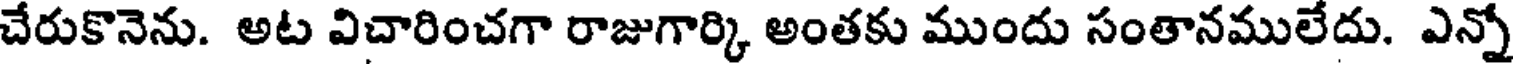
చేరుకొనెను. అట విచారించగా రాజుగార్కి అంతకు ముందు సంతానములేదు. ఎన్నో